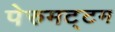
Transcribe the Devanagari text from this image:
पेरुमट्टम